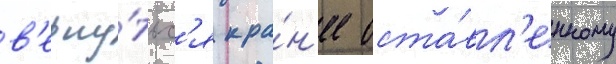
в'ерну́тьс'я к ра́н'ее оста́вл'енному